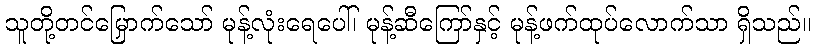
သူတို့တင်မြှောက်သော် မုန့်လုံးရေပေါ်၊ မုန့်ဆီကြော်နှင့် မုန့်ဖက်ထုပ်လောက်သာ ရှိသည်။